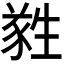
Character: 𬎼